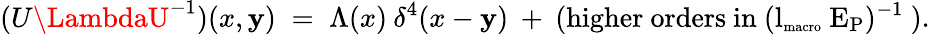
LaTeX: (U\LambdaU^{-1})(x,\mathbf{y})\; =\; \Lambda(x)\: \delta^{4}(x-\mathbf{y})\: +\: {\mathrm{{(higher~orders~in~(l_{\mathrm{{\scriptsize{macro}}}}~E_{P})^{-1}~)}}}.